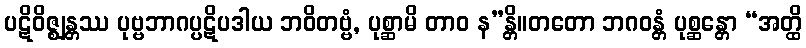
ပဋိဝိဇ္ဈန္တဿ ပုဗ္ဗဘာဂပ္ပဋိပဒါယ ဘဝိတဗ္ဗံ, ပုစ္ဆာမိ တာဝ န”န္တိ။တတော ဘဂဝန္တံ ပုစ္ဆန္တော “အတ္ထိ